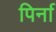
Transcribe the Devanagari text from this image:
पिर्ना